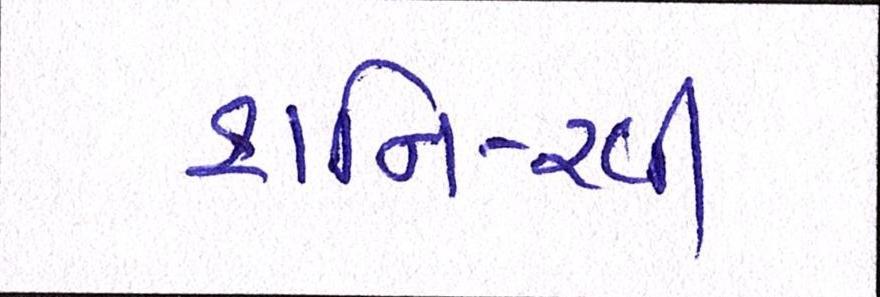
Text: શનિ-રવી